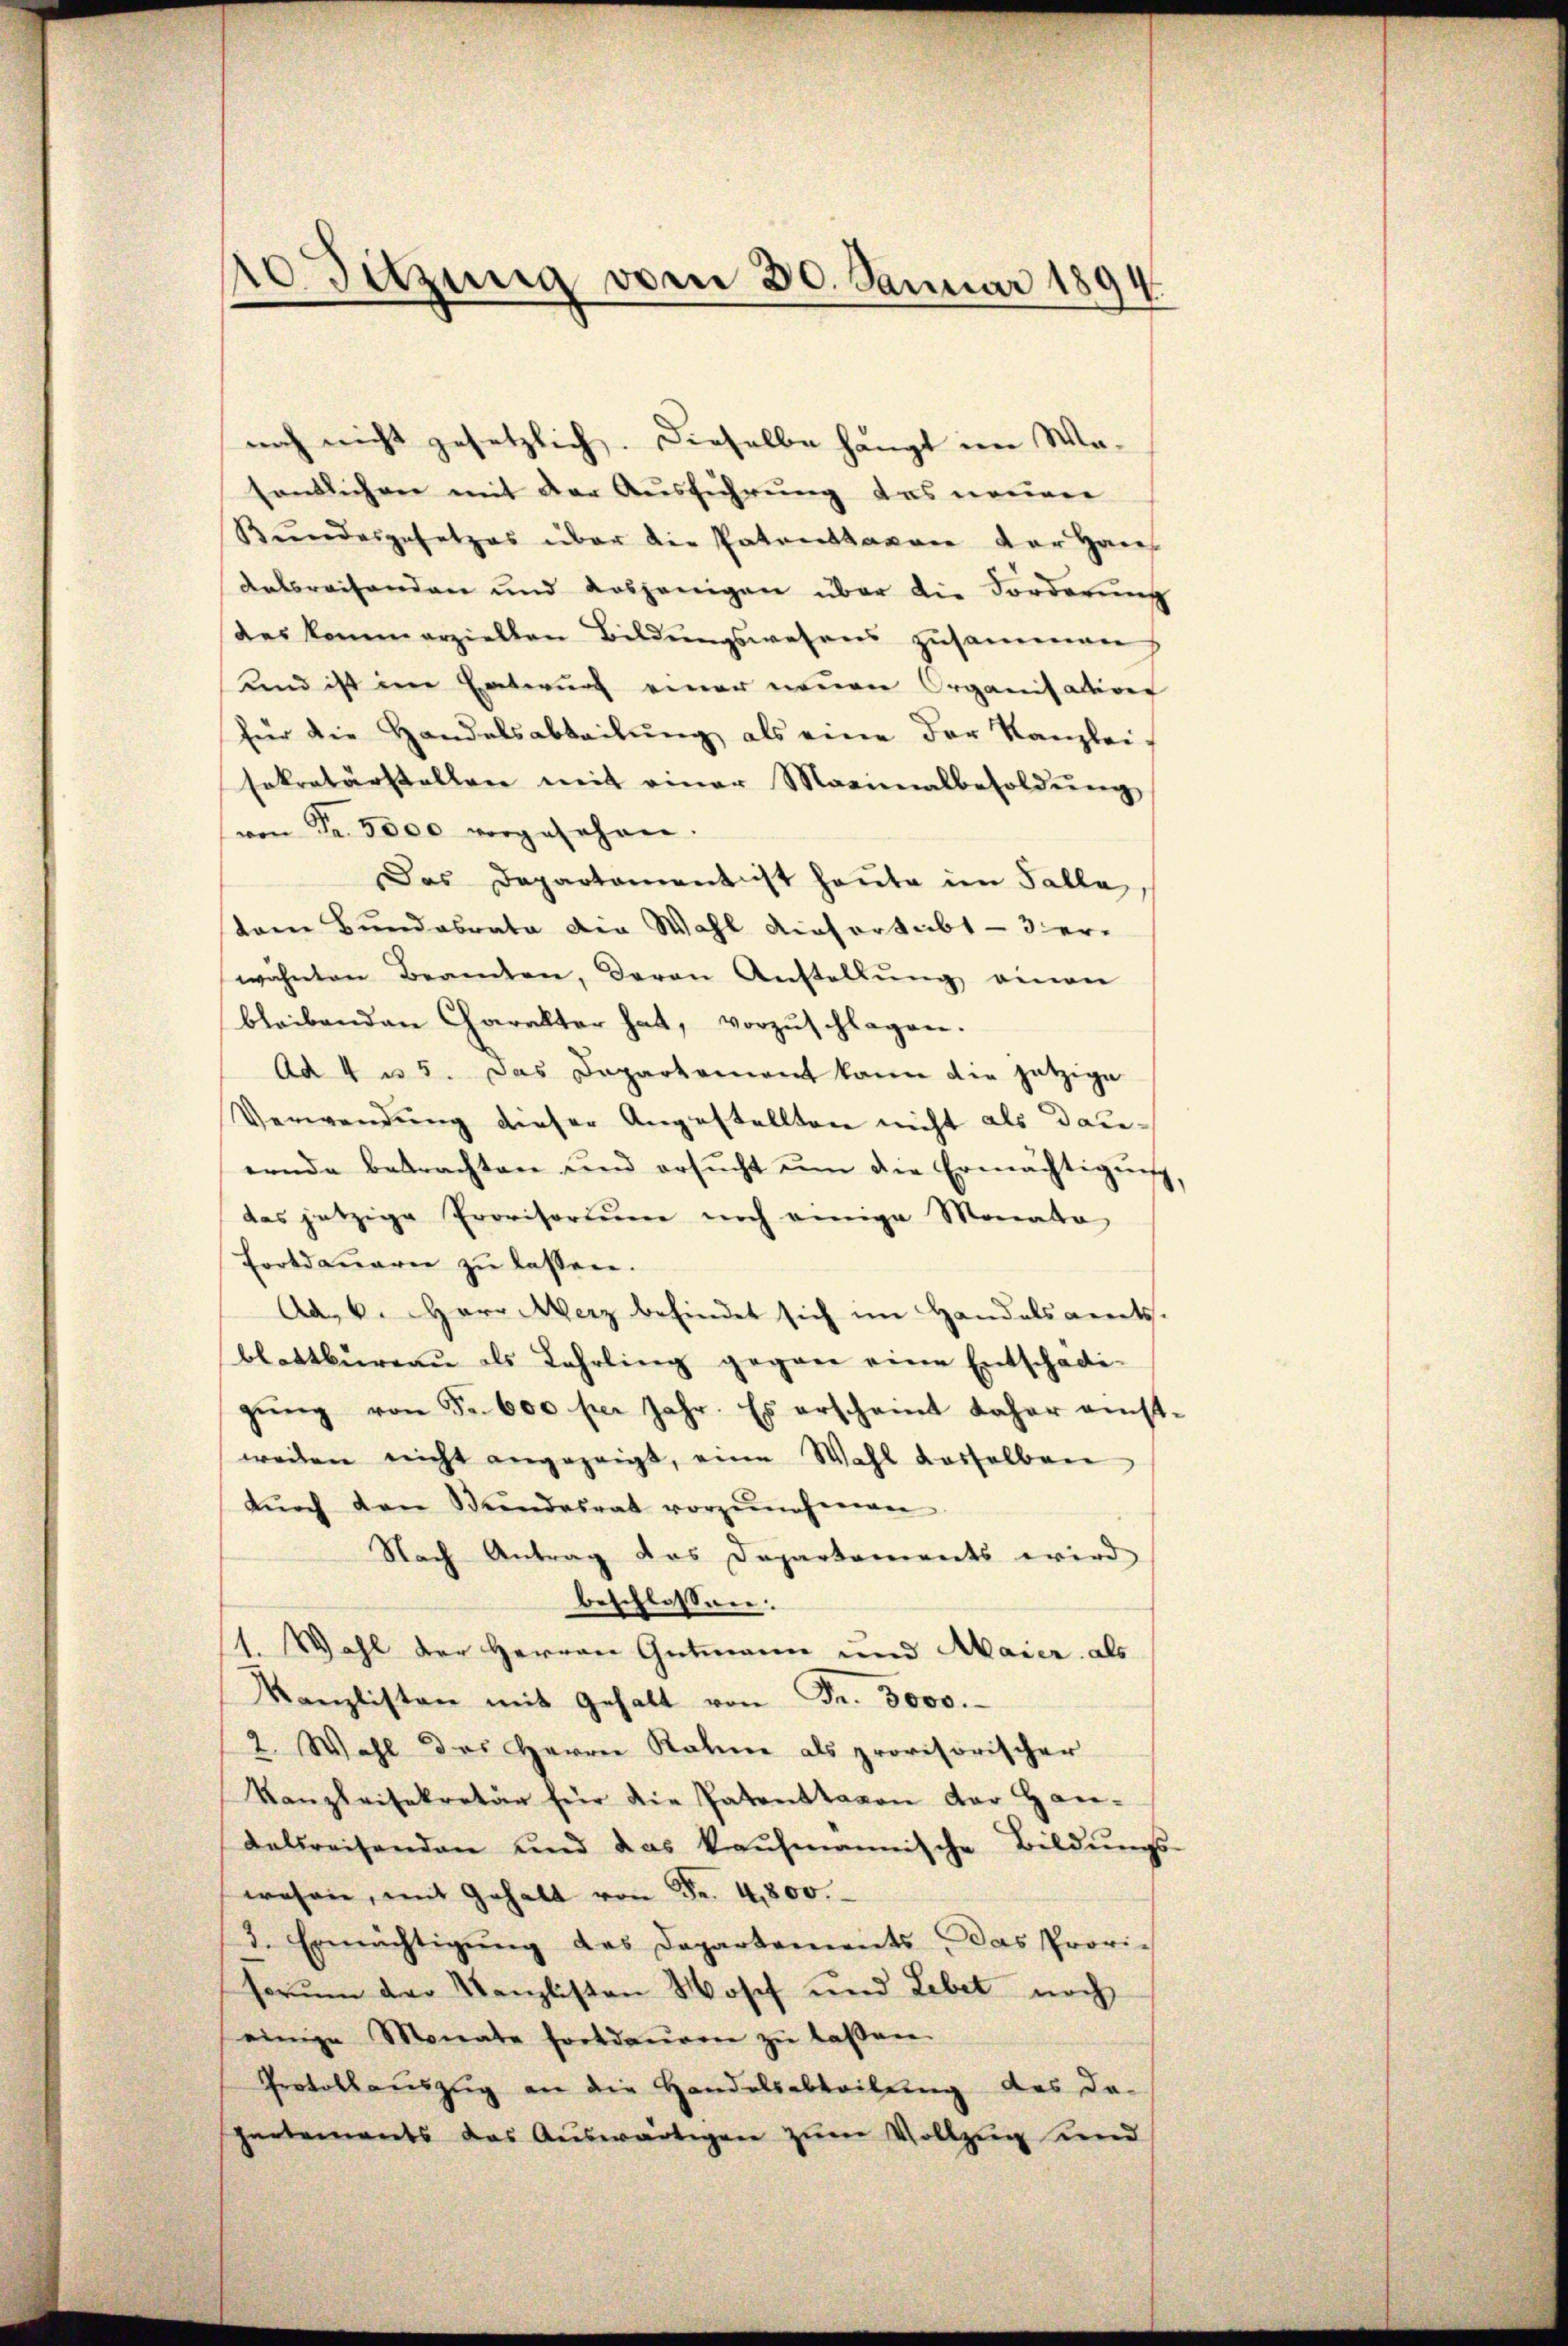
10 Suzung vom 30. Januar 1894.

noch nicht gesetzlich. Dieselbe hängt im Ma-
sentlichen mit der Ausführung das nouver
Bundesgesetzes über die Patenstaxen der Haus
Antsreihenden und dasjenigen über die Forderung
des kommerzielten Bildungswesens zusammen
und ist im Entwurf einer neuen Organisation
für die Handelsabteilŭng als eine der Kanzlei-
sekretärstellen mit einer Maximalbesoldŭng
von Fr. 3000 vorgesehen.
Das Departament ist heute im Falle,
tem Bund abrata die Wahl Aichortabt - 3 er-
wähnten Beamten, daran Anstellŭng einen
bleibenden Charakter hat, vorzŭschlagen.
Ad 4 u. 5. Das Departement kann die jetzige
Verwendŭng dieser Angestellten nicht als dauernde betrachten und ersŭcht ŭm die Ermächtigŭng
das jetzige Provisorium noch einige Monato
Fortdaueren zŭ lassen.
Ad. 6. Herr Merz befindet sich im Handelsamts-
blattbureau als Lehrling gegen eine Entschädi-
gŭng von Fr. 600 per Jahr. Es erscheint daher einst-
weilen nicht angezeigt, eine Wahl dasselben
dŭrch den Stundesrat vorzŭnehmen.
Nach Antrag das Departements wird
beschlossen:
1. Wahl der Herren Gutmann und Maier als
Kanzlisten mit Gehalt von Fr. 3000.
2. Wahl des Herrn Rahme als provisorischer
Kanzleisekretär für die Patenttavon der Han-
delsreisenden und das kaufmannische Bildŭngs-
wesen, mit Gehalt von Fr. 4,800.
3. Ermächtigŭng des Departements. Das Provi-
forum der Kanzlisten Nosef und Lebet noch
einige Monate fortdauren zŭ laßen.
Prokollauszug an die Handelsabteilung des da-
hertements das Aŭswärtigen zum Vollzug und